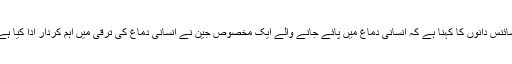
سائنس دانوں کا کہنا ہے کہ انسانی دماغ میں پائے جانے والے ایک مخصوص جین نے انسانی دماغ کی ترقی میں اہم کردار ادا کیا ہے۔